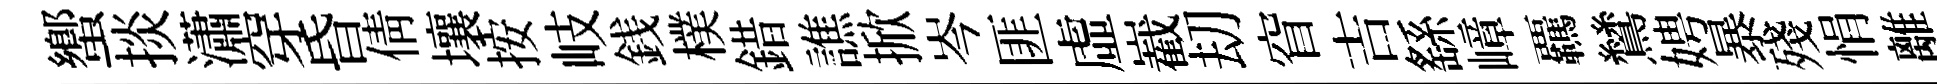
蠁掞瀟穿昏倩壤按岐銭樸錯譙掀岑匪虛嶻刧窅吉繇嶂覊鷥娉暴殘悁離